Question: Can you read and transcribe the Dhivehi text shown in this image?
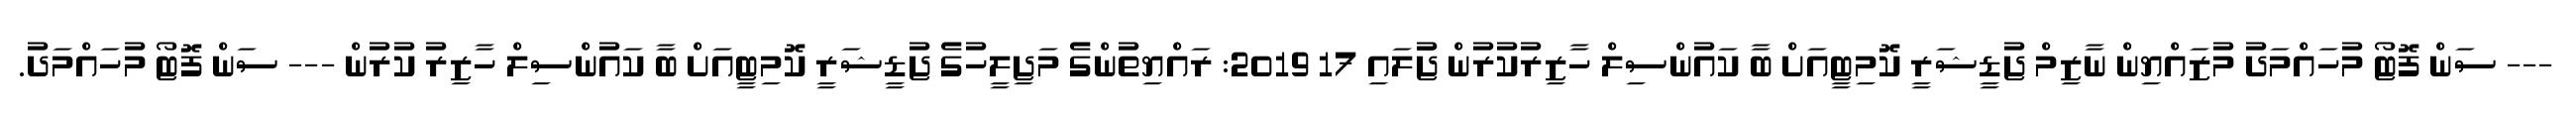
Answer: --- ސަން ފޮޓޯ މުހައްމަދު މުޒައްޔިން ނާޒިމް ޖުޑީޝަރީ ކޮމިޓީއަށް ބާ ކައުންސިލް ހާޒިރުކުރުން ޖުަލައި 17 2019: ރައްޔިތުންގެ މަޖިލީހުގެ ޖުޑީޝަރީ ކޮމިޓީއަށް ބާ ކައުންސިލް ހާޒިރު ކުރުން --- ސަން ފޮޓޯ މުހައްމަދު.